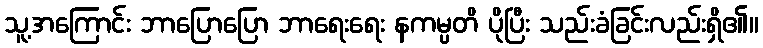
သူ့အကြောင်း ဘာပြောပြော ဘာရေးရေး နကမ္ပတိ ပိုပြီး သည်းခံခြင်းလည်းရှိ၏။